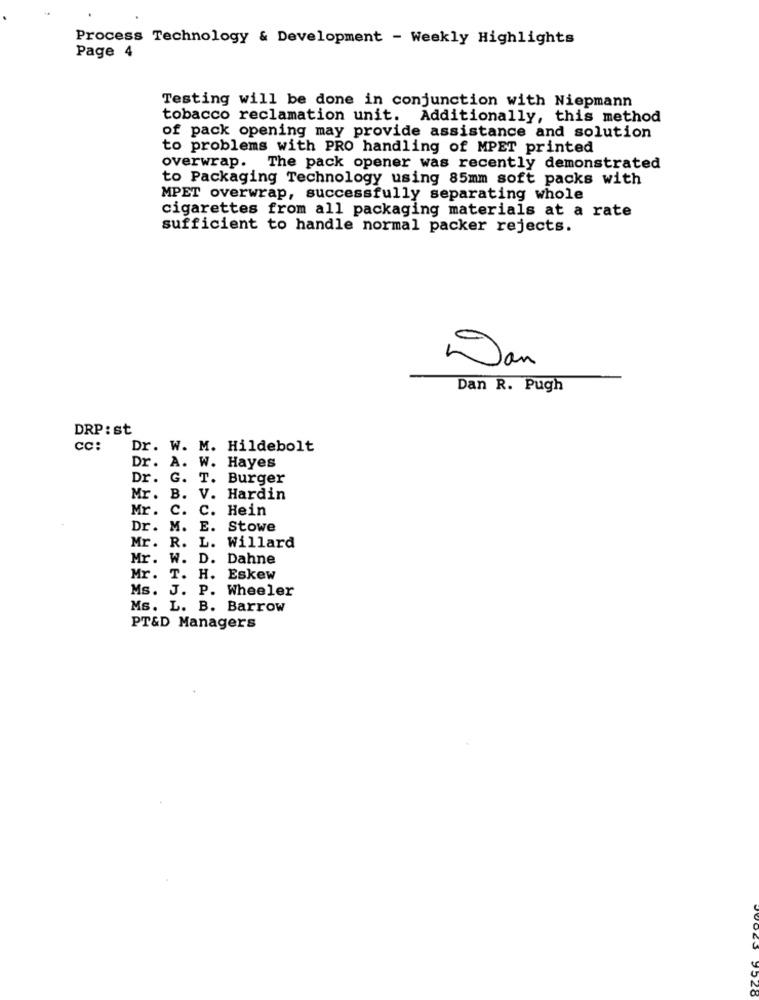
Process Technology & Development - Weekly Highlights
Page 4
Testing will be done in conjunction with Niepmann
tobacco reclamation unit. Additionally, this method
of pack opening may provide assistance and solution
to problems with PRO handling of MPET printed
overwrap. The pack opener was recently demonstrated
to Packaging Technology using 85mm soft packs with
MPET overwrap, successfully separating whole
cigarettes from all packaging materials at a rate
sufficient to handle normal packer rejects.
Dan
Dan R. Pugh
DRP: st
cc:
Dr. W. M. Hildebolt
Dr. A. W. Hayes
Dr. G. T. Burger
Mr. B. V. Hardin
Mr. C.
c. Hein
Dr. M. E. Stowe
Mr. R. L. Willard
Mr. W. D. Dahne
Mr. T. H. Eskew
Ms. J. P. Wheeler
Ms. L. B. Barrow
PT&D Managers